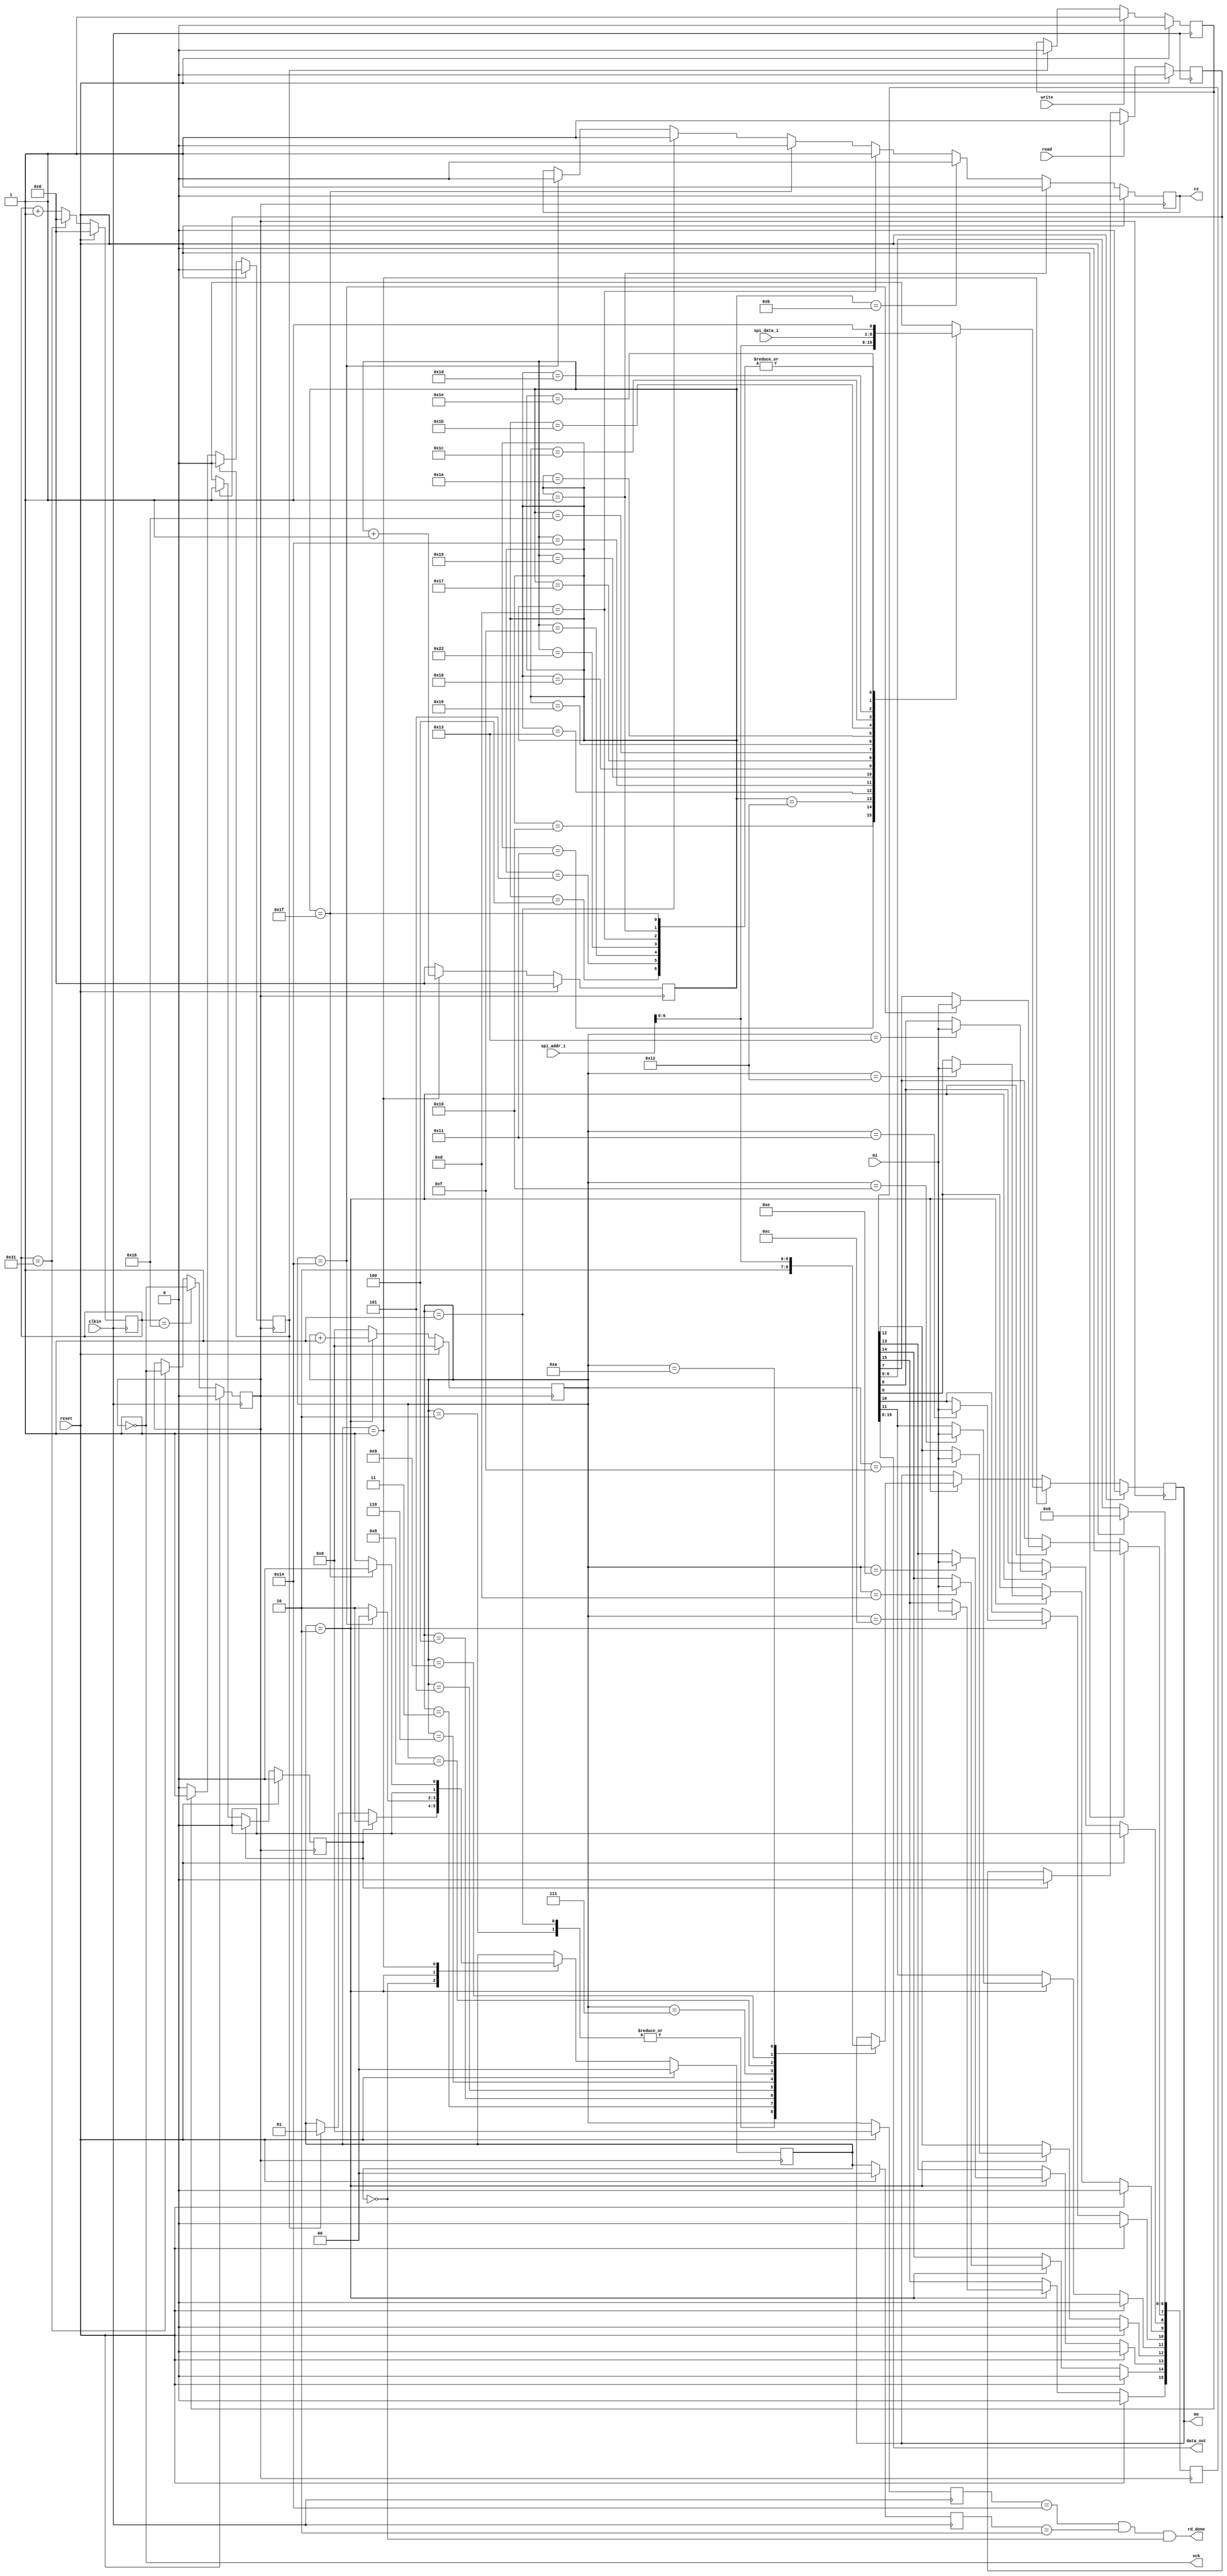
//*************************************************************************
//*                                                                       *
//*  UART2SPI                                              
//*  File : spi_93lc46.v                                             
//*  Author: abdelazeem                                                   *
//*  Revision 0.1                                                         *
//*  Date     2024/01/26                                                  *
//*  Email : a.abdelazeem201.com                                          *
//                                                                        *
//*************************************************************************
module spi_93lc46(
        input clkin,
        input reset,
        input mi,
        input write,
        input read,
        input [7:0] spi_addr_i,
        input [7:0] spi_data_i,
        output sck,
        output reg cs,
        output reg mo,
         output rd_done,
        output  [7:0] data_out
    );

        parameter div =49;
        reg [5:0] div_cnt = 6'b0;
        reg        spi_clk ;
        wire spi_clk_g;
 
        reg          true_write = 1'b0;
        always @ (posedge clkin)
                begin
                	  if(reset) div_cnt <= 6'b0;
                	  else begin
                        if(div_cnt == 49) div_cnt <= 6'b0;
                        else div_cnt <= div_cnt + 1;
                      end
                end
        always @ (posedge clkin)
                begin   
                	      if(reset) spi_clk <= 0;
                	      else begin
                        if(div_cnt == 24) spi_clk <= !spi_clk;
                        else if(div_cnt == div) spi_clk <= !spi_clk;
                        else spi_clk <= spi_clk;
                      end
                end
        assign sck = !spi_clk_g;
//BUFG clock_g (
//              .I   (spi_clk),
//              .O   (spi_clk_g)
//              );       
assign    spi_clk_g  = spi_clk;
reg  reg_write,reg_read  ;
always @ (posedge clkin)
        begin
        	if(reset) reg_write <= 1'b0 ;
           else  if(write)   reg_write <= 1'b1;
           else if(true_write) reg_write <= 1'b0;
           else reg_write <= reg_write;
        end

always @ (posedge spi_clk_g)
        begin
                if(reset) true_write <= 1'b0;
                else if(true_write) true_write <= 1'b0;
                else if(reg_write) true_write <= 1'b1;
                else true_write <= true_write;
        end     
//______ judee ______________________________________                      

reg          true_read = 1'b0;
 always @ (posedge clkin)
   begin
   	if(reset) reg_read <= 1'b0 ;
      else  if(read)   reg_read <= 1'b1;
      else if(true_read) reg_read <= 1'b0;
      else reg_read <= reg_read;
   end
always @ (posedge spi_clk_g)
  begin
    if(reset) true_read <= 1'b0;
    else if(true_read) true_read <= 1'b0;
    else if(reg_read) true_read <= 1'b1;
    else true_read <= true_read;
  end
//____________state_____________________________
            
parameter idle     = 2'b00,
          s_write  = 2'b01,
          s_read   = 2'b10;

reg [1  : 0] state = 2'b0;

//______ for 93LC46A wr cmd 3bit/ addr 7bit/ data 8bit
wire [9  : 0] ewen_data = 10'b100_1100000;     
wire [24  : 0] write_data = {3'b101,spi_addr_i[6:0],spi_data_i,7'b1100_100};
//_______ rd cmd 3bit  addr 7bit
wire [9  : 0] write_data_rd = {3'b110,spi_addr_i[6:0]};  

//_______ for 93LC46B wr cmd 3bit/ addr 6bit/ data16bit 
//reg [8  : 0] ewen_data = 9'b100110000;  
//reg [24  : 0] write_data = 25'b100_010000_1010_1111_1100_1001;

//________ wriite all 
//reg [16  : 0] write_data = 17'b101_000010_1010_1101; 
 
//reg [8  : 0] write_data_rd = 9'b110_0000010;//rd cmd 3bit / addr 6bit

reg [15  : 0] read_data; 

reg [5  : 0] wr_state_cnt = 6'b0; 
reg [4  : 0] rd_state_cnt = 5'b0; 
//state
always @ (posedge spi_clk_g)
        begin
                if(reset) state <= idle;
                else
                        case(state)
                        idle:
                                begin
                                if(true_read) state <= s_read;
                                else if(true_write) state <= s_write;
                                end
                       
                        s_read: state <= (rd_state_cnt == 5'd20) ? idle : s_read;
                        s_write: state <= (wr_state_cnt == 6'd31) ? idle : s_write;
                        endcase
        end
//__________wr_state_cnt
 always @ (posedge spi_clk_g)
         begin
                 if(reset) wr_state_cnt <= 6'b0;
                 else if(state == s_write) wr_state_cnt <= wr_state_cnt + 1;
                 else wr_state_cnt <= 6'b0;
         end
//_________rd_state_cnt___________
 always @ (posedge spi_clk_g)
         begin
                 if(reset) rd_state_cnt <= 5'b0;
                 else if(state == s_read) rd_state_cnt <= rd_state_cnt + 1;
                 else rd_state_cnt <= 5'b0;
         end
//___________cs______________
        always @ (posedge spi_clk_g)
                begin
                        if(reset) cs <= 1'b0;
                        else if(wr_state_cnt == 6'd1) cs <= 1'b1; 
                        
                         else if(wr_state_cnt == 6'd11) cs <= 1'b0;  
                         else if(wr_state_cnt == 6'd13) cs <= 1'b1;
                         else if(wr_state_cnt == 6'd31) cs <= 1'b0; 
                         else if(rd_state_cnt == 5'd1) cs <= 1'b1; 
                         else if(rd_state_cnt == 5'd20) cs <= 1'b0; 
                        else cs <= cs; 
                end
//___________mo
            always @ (posedge spi_clk_g)
                    begin
                            if(reset) mo <= 1'b0;
                            else if(state == s_write)
                                    begin
                                    case(wr_state_cnt)
 
                                    6'd1: mo <= ewen_data[9];//EWEN cmd 
                                    6'd2: mo <= ewen_data[8];        
                                    6'd3: mo <= ewen_data[7];        
                                    6'd4: mo <= ewen_data[6];        
                                    6'd5: mo <= ewen_data[5];        
                                    6'd6: mo <= ewen_data[4];        
                                    6'd7: mo <= ewen_data[3];        
                                    6'd8: mo <= ewen_data[2];        
                                    6'd9: mo <= ewen_data[1];
                                    6'd10: mo <= ewen_data[0];        
                                    
                                    6'd13 : mo <= write_data[24]; 
                                    6'd14 : mo <= write_data[23]; 
                                    6'd15 : mo <= write_data[22]; 
                                    6'd16 : mo <= write_data[21]; 
                                    6'd17 : mo <= write_data[20]; 
                                    6'd18 : mo <= write_data[19]; 
                                    6'd19 : mo <= write_data[18]; 
                                    6'd20 : mo <= write_data[17]; 
                                    6'd21 : mo <= write_data[16];     
                                    6'd22 : mo <= write_data[15];     
                                    6'd23 : mo <= write_data[14];     
                                    6'd24 : mo <= write_data[13];     
                                    6'd25 : mo <= write_data[12];     
                                    6'd26 : mo <= write_data[11];     
                                    6'd27 : mo <= write_data[10];     
                                    6'd28 : mo <= write_data[9];      
                                    6'd29 : mo <= write_data[8];      
                                    6'd30 : mo <= write_data[7];      
                                        
                                    6'd31 : mo <= write_data[5];      
                                    6'd32 : mo <= write_data[4];      
                                    6'd33 : mo <= write_data[3];      
                                    6'd34 : mo <= write_data[2];      
                                    6'd35 : mo <= write_data[1];      
                                    6'd36 : mo <= write_data[0];      
                                    default: mo <= 1'b0;
                                    endcase
                                    end
                            else if(state == s_read) 
                                    begin
                                    case(rd_state_cnt)
                                        5'd1: mo <= write_data_rd[9];//rd
                                        5'd2: mo <= write_data_rd[8];     
                                        5'd3: mo <= write_data_rd[7];     
                                        5'd4: mo <= write_data_rd[6];     
                                        5'd5: mo <= write_data_rd[5];     
                                        5'd6: mo <= write_data_rd[4];     
                                        5'd7: mo <= write_data_rd[3];     
                                        5'd8: mo <= write_data_rd[2];     
                                        5'd9: mo <= write_data_rd[1];
                                        5'd10: mo <= write_data_rd[0];      
                                    endcase
                                    end
                    end
       //mi
            always @ (posedge spi_clk_g)
                    begin
                            if(reset) read_data <= 16'b0;
                            else if(state == s_read)
                                    begin
                                    case(rd_state_cnt)
                                        6'd12  :  read_data[15] <=mi  ;//EEPROM data
                                        6'd13  :  read_data[14] <=mi  ;              
                                        6'd14  :  read_data[13] <=mi  ;              
                                        6'd15  :  read_data[12] <=mi  ;              
                                        6'd16  :  read_data[11] <=mi  ;              
                                        6'd17  :  read_data[10] <=mi  ;              
                                        6'd18  :  read_data[9]  <=mi  ;              
                                        6'd19  :  read_data[8]  <=mi  ;              
                                        6'd20  :  read_data[7]  <=mi  ;              
                                                    
                                    endcase
                                    end
                    end
        //     assign TEST = (read_data[15:0] == write_data[15:0]) ? 1'b1 : 1'b0;
// assign data_out = read_data[15:0];
 assign data_out =  read_data[15:8] ;
 reg [1:0] reg_state;
 reg [4:0] reg_rd_state_cnt;
 always @ (posedge clkin)
    begin
    	if(reset) reg_state <= 2'b0 ;
       else reg_state <=  state;
    end
 always @ (posedge clkin)
    begin
    	if(reset) reg_rd_state_cnt <= 5'b0 ;
       else reg_rd_state_cnt <=  rd_state_cnt;
    end
    //assign rd_done = (reg_rd_state_cnt == 5'd26) && 
   //                              (reg_state == s_read) && (state == idle) ;
     assign rd_done = (reg_rd_state_cnt == 5'd20) && 
                                 (reg_state == s_read) && (state == idle) ; 
            endmodule